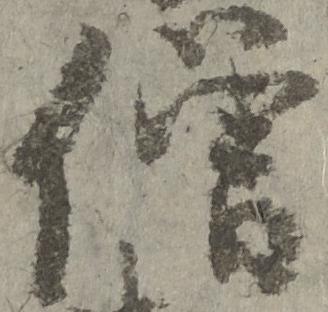
僧